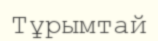
Тұрымтай